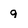
Character: 9